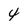
Character: 4